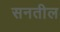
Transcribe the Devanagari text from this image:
सनतील